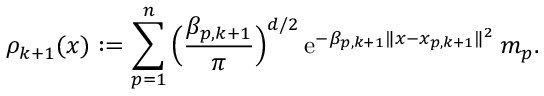
\rho _ { k + 1 } ( x ) : = \sum _ { p = 1 } ^ { n } \Big ( \frac { \beta _ { p , k + 1 } } { \pi } \Big ) ^ { d / 2 } \, \mathrm { e } ^ { - \beta _ { p , k + 1 } \| x - x _ { p , k + 1 } \| ^ { 2 } } \, m _ { p } .